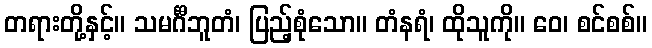
တရားတို့နှင့်။ သမင်္ဂီဘူတံ၊ ပြည့်စုံသော။ တံနရံ၊ ထိုသူကို။ ဝေ၊ စင်စစ်။